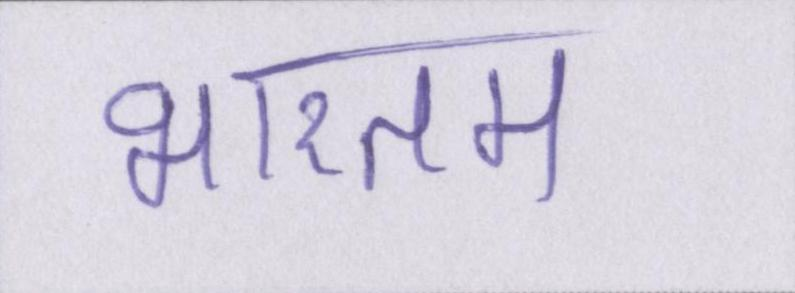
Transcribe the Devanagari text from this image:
भारतम